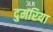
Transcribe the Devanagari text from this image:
दुमरिया